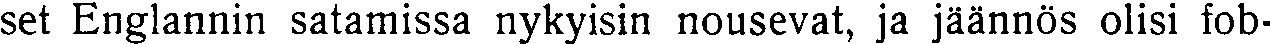
set Englannin satamissa nykyisin nousevat, ja jäännös olisi fob-